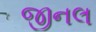
જીનલ